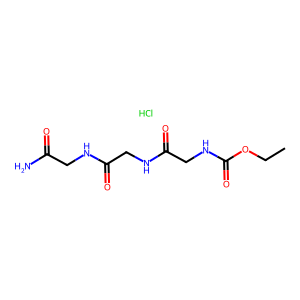
SMILES: CCOC(=O)NCC(=O)NCC(=O)NCC(N)=O.Cl
Inhibits HIV replication: No